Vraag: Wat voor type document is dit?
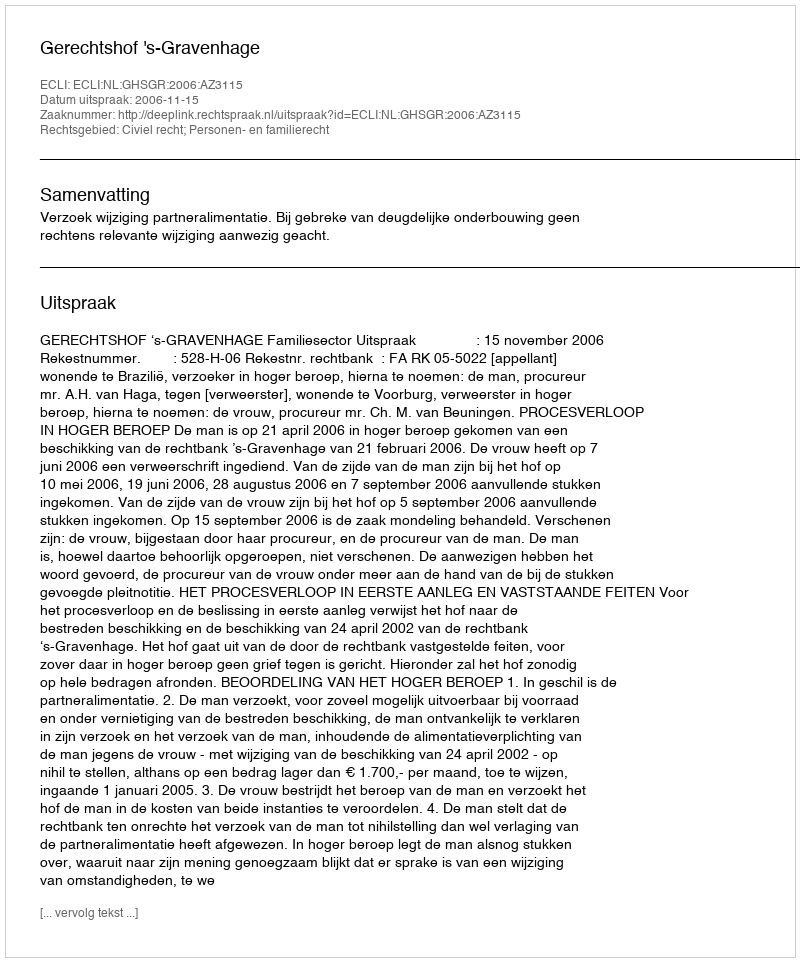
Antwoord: Uitspraak